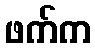
ဖက်က